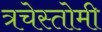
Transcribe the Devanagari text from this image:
त्रचेस्तोमी